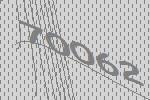
70062